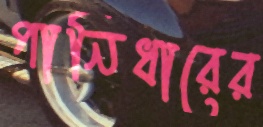
পানিধারের